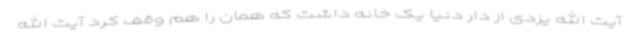
آیت الله یزدی از دار دنیا یک خانه داشت که همان را هم وقف کرد آیت الله